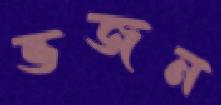
ভজন